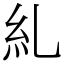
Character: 糺